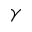
\gamma